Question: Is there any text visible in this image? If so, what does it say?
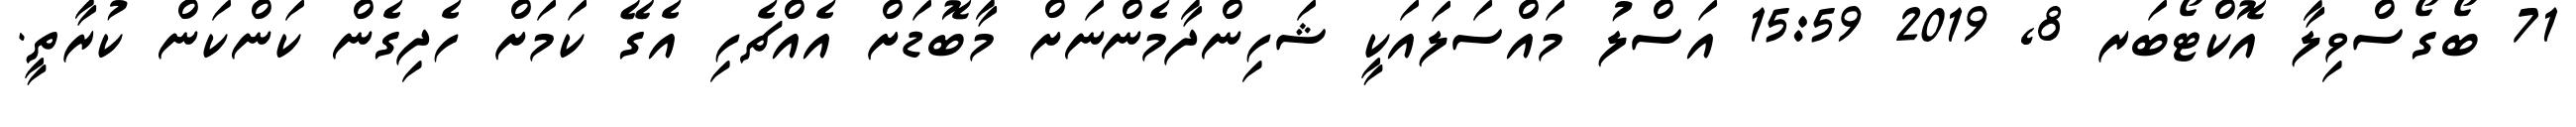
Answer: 71 ބޯގޯސްވިލާ އޮކްޓޯބަރ 8, 2019 15:59 އަސްލު މައްސަލައަކީ ޝަހިންދާމެންނަށް މާބޮޑަށް އެއްޗެހި އެގޭ ކަމަށް ހެދިގެން ކަންކަން ކުރާތީ.